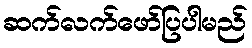
ဆက်လက်ဖော်ပြပါမည်